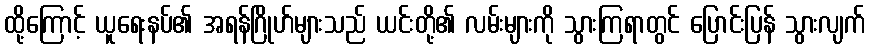
ထို့ကြောင့် ယူရေးနပ်၏ အရန်ဂြိုဟ်များသည် ယင်းတို့၏ လမ်းများကို သွားကြရာတွင် ပြောင်းပြန် သွားလျက်